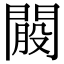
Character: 𨵐